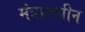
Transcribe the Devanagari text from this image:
मंत्रालयीन